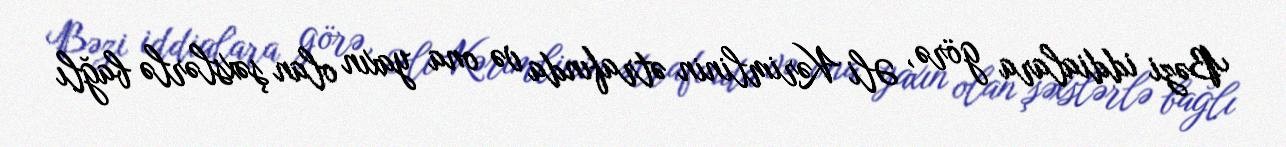
Bəzi iddialara görə, Əli Kərimlinin ətrafında və ona yaxın olan şəxslərlə bağlı